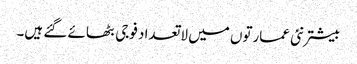
بیشتر نئی عمارتوں میں لاتعداد فوجی بٹھائے گئے ہیں۔